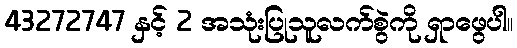
43272747 နှင့် 2 အသုံးပြုသူလက်စွဲကို ရှာဖွေပါ။